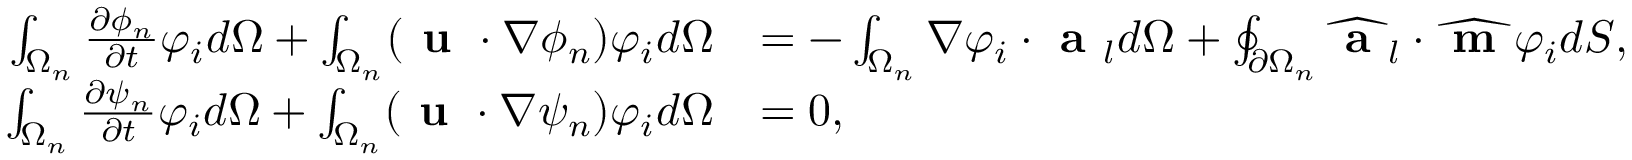
\begin{array} { r l } { \int _ { \Omega _ { n } } \frac { \partial \phi _ { n } } { \partial t } \varphi _ { i } d \Omega + \int _ { \Omega _ { n } } ( \textbf { u } \cdot \nabla \phi _ { n } ) \varphi _ { i } d \Omega } & { = - \int _ { \Omega _ { n } } \nabla \varphi _ { i } \cdot \textbf { a } _ { l } d \Omega + \oint _ { \partial \Omega _ { n } } \widehat { \textbf { a } } _ { l } \cdot \widehat { \textbf { m } } \varphi _ { i } d S , } \\ { \int _ { \Omega _ { n } } \frac { \partial \psi _ { n } } { \partial t } \varphi _ { i } d \Omega + \int _ { \Omega _ { n } } ( \textbf { u } \cdot \nabla \psi _ { n } ) \varphi _ { i } d \Omega } & { = 0 , } \end{array}